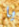
يا